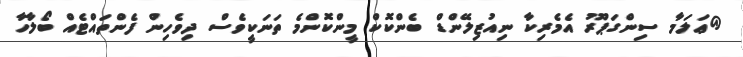
@ޢަލަމާ ސިންގަޕޫރު އެމެރިކާ ނިއުޒިލޭންޑް ބެންކޮކް މީންކޮންމެ ތަނަކީވެސް ދިވެހިން ފެންތައްޓެއް ބޯލާހާ